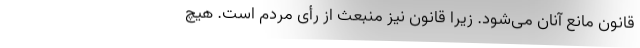
قانون مانع آنان می‌شود. زیرا قانون نیز منبعث از رأی مردم است. هیچ